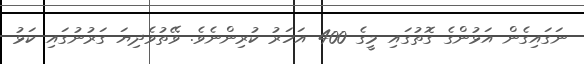
ނަގައިގެން އަޅުންގެ ގޮތުގައި މީގެ 400 އަހަރު ކުރިންނެވެ. ވޭތުވެދިޔަ ގަރުނުގައި ކަޅު